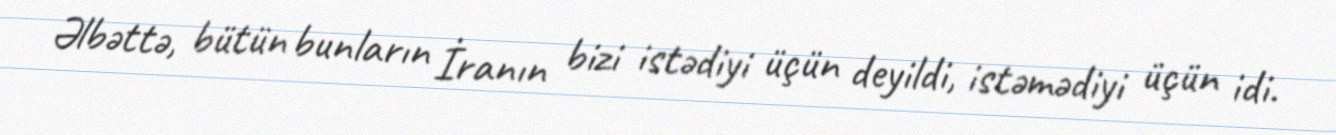
Əlbəttə, bütün bunların İranın bizi istədiyi üçün deyildi, istəmədiyi üçün idi.